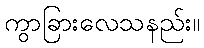
ကွာခြားလေသနည်း။